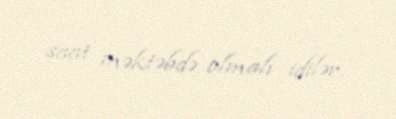
saat məktəbdə olmalı idilər.